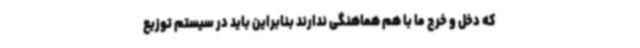
که دخل و خرج ما با هم هماهنگی ندارند بنابراین باید در سیستم توزیع